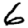
Digit: 6